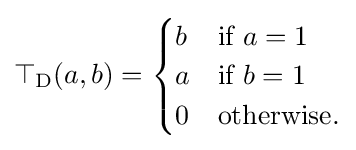
\top _{\mathrm {D} }(a,b)={\begin{cases}b&{\mbox{if }}a=1\\a&{\mbox{if }}b=1\\0&{\mbox{otherwise.}}\end{cases}}